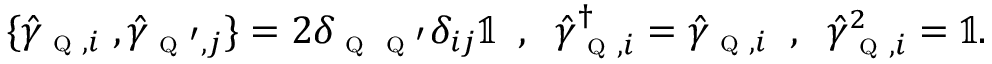
\begin{array} { r } { \{ \hat { \gamma } _ { \textsc { q } , i } \; , \hat { \gamma } _ { \textsc { q } ^ { \prime } , j } \} = 2 \delta _ { \textsc { q } \textsc { q } ^ { \prime } } \delta _ { i j } \mathbb { 1 } \; \; , \; \; \hat { \gamma } _ { \textsc { q } , i } ^ { \dagger } = \hat { \gamma } _ { \textsc { q } , i } \; \; , \; \; \hat { \gamma } _ { \textsc { q } , i } ^ { 2 } = \mathbb { 1 } . } \end{array}